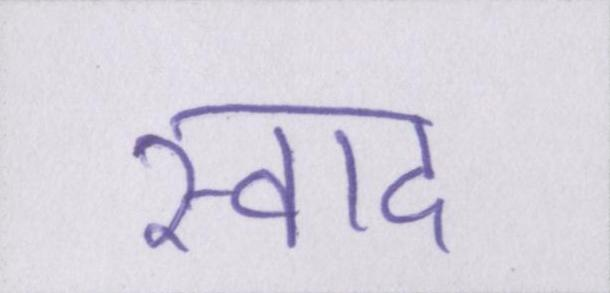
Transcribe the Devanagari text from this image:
स्वाद